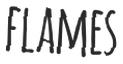
FLAMES